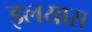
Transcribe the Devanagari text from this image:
इलयास